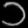
Digit: ၁